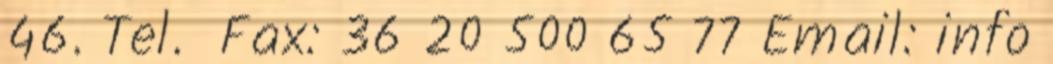
46. Tel. Fax: 36 20 500 65 77 Email: info